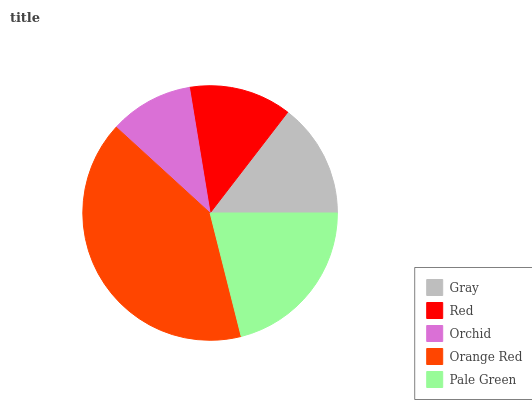
| Gray | Red | Orchid | Orange Red | Pale Green |
 | --- | --- | --- | --- | --- |
 | 14.6% | 13% | 10.6% | 40.8% | 21% |